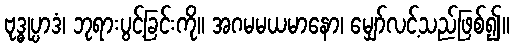
ဗုဒ္ဓုပ္ပာဒံ၊ ဘုရားပွင့်ခြင်းကို။ အဂမမယမာနော၊ မျှော်လင့်သည်ဖြစ်၍။